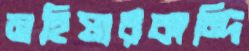
মহিষারকান্দি